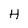
Character: H